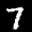
Label: 7